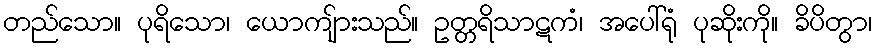
တည်သော။ ပုရိသော၊ ယောကျ်ားသည်။ ဥတ္တရိသာဋကံ၊ အပေါ်ရုံ ပုဆိုးကို။ ခိပိတွာ၊